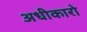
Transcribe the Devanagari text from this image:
अधीकारो